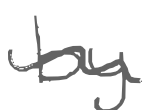
Text: by
Cross-out: wave
Writing tool: digital_gray